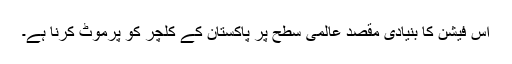
اس فیشن کا بنیادی مقصد عالمی سطح پر پاکستان کے کلچر کو پرموٹ کرنا ہے۔